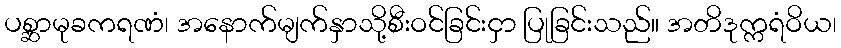
ပစ္ဆာမုခကရဏံ၊ အနောက်မျက်နှာသို့စီးဝင်ခြင်းငှာ ပြုခြင်းသည်။ အတိဒုက္ကရံဝိယ၊